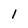
Character: 1